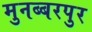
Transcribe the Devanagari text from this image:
मुनब्बरपुर